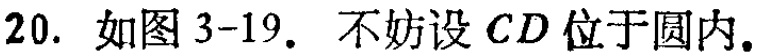
20. 如图3-19. 不妨设 \(CD\) 位于圆内.